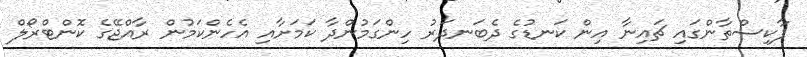
ޕާކިސްތާންގައި ޗައިނާ އިން ކަނޑުގެ ދެބަނދަރު ހިންގަމުންދާ ކަމަށާއި އެހެންކަމުން ރާއްޖޭގެ ކޮންޓްރޯލް